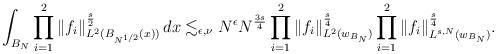
LaTeX: \begin{gather*}\int_{B_{N}} \prod_{i=1}^{2}\|f_{i}\|_{L^2({B_{N^{{1}/{2}}}}(x))}^{\frac{s}{2}}\, dx \lesssim_{\epsilon,\nu} N^{\epsilon} N^{\frac{3s}{4}}\prod_{i=1}^{2}\|f_{i}\|_{L^2({w}_{B_{N} })}^{\frac{s}{4}}\prod_{i=1}^{2}\|f_{i}\|_{L^{s,N}({w}_{B_{N} })}^{\frac{s}{4}}.\end{gather*}